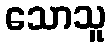
သောသူ